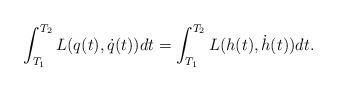
LaTeX: \begin{align*} \int^{T_2}_{T_1}{ L(q(t),\dot{q}(t)) dt} = \int^{T_2}_{T_1}{ L(h(t),\dot{h}(t)) dt} .\end{align*}